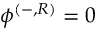
\phi ^ { ( - , R ) } = 0